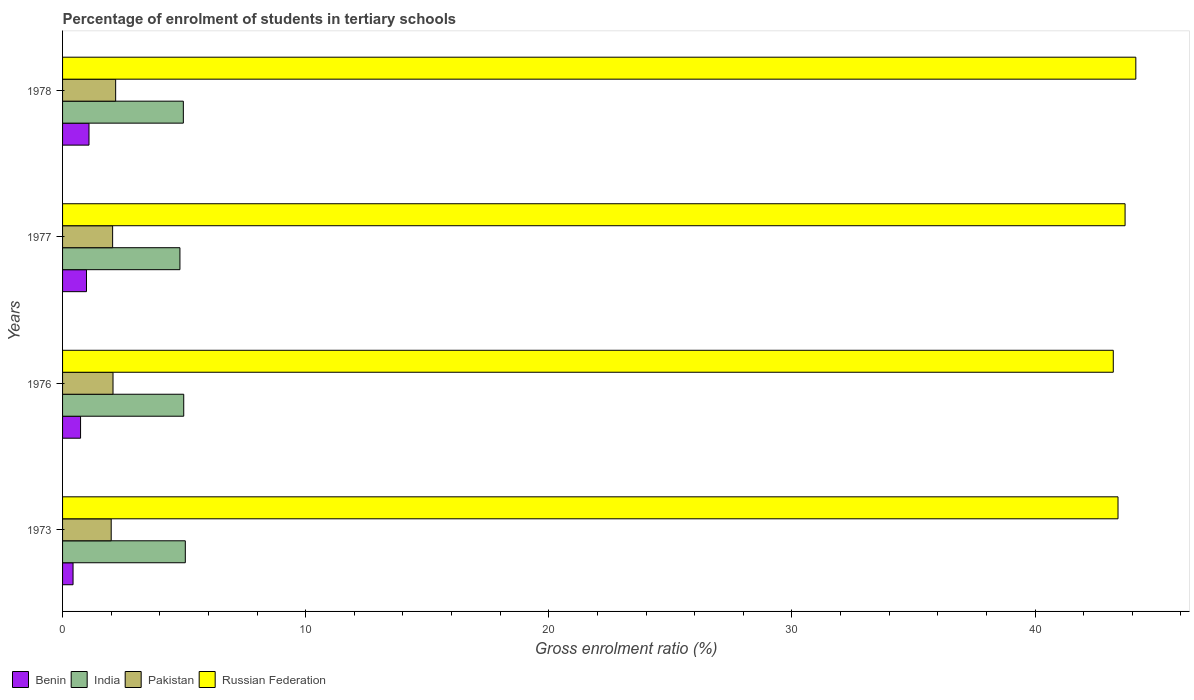
| Years | Benin | India | Pakistan | Russian Federation |
 | --- | --- | --- | --- | --- |
 | 1973 | 0.431 | 5.05 | 2 | 43.4 |
 | 1976 | 0.74 | 4.98 | 2.08 | 43.2 |
 | 1977 | 0.984 | 4.83 | 2.06 | 43.7 |
 | 1978 | 1.09 | 4.97 | 2.18 | 44.1 |